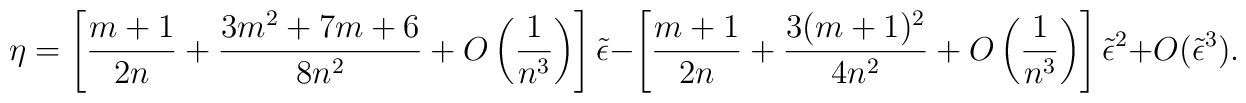
\eta =  \left[{m+1 \over 2n}+ {3m^2+7m+6 \over 8n^2}+ O\left({1 \over n^3}\right)\right]\tilde \epsilon   - \left[{m+1 \over 2n}+{3(m+1)^2 \over 4n^2}+O\left({1 \over n^3}\right)\right]\tilde \epsilon^2 +O(\tilde \epsilon^3).